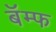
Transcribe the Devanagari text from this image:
बॅम्फ